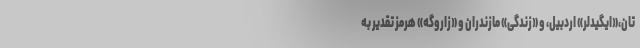
تان،«ایگیدلر» اردبیل، و «زندگی» مازندران و «زاروگه» هرمز تقدیر به